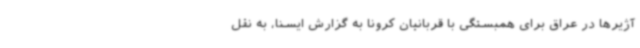
آژیرها در عراق برای همبستگی با قربانیان کرونا به گزارش ایسنا، به نقل